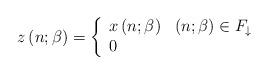
LaTeX: \begin{align*}z\left( n;\beta \right) =\left\{ \begin{array}{ll}x\left( n;\beta \right) & \left( n;\beta \right) \in F_{\downarrow} \\ 0 & \end{array}\right. \end{align*}